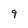
Character: 9